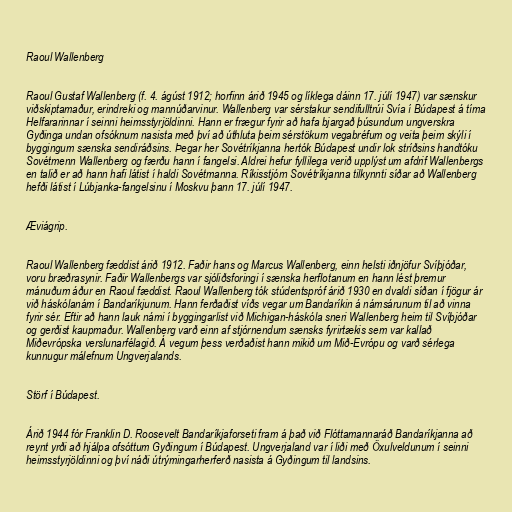
Raoul Wallenberg

Raoul Gustaf Wallenberg (f. 4. ágúst 1912; horfinn árið 1945 og líklega dáinn 17. júlí 1947) var sænskur
viðskiptamaður, erindreki og mannúðarvinur. Wallenberg var sérstakur sendifulltrúi Svía í Búdapest á tíma
Helfararinnar í seinni heimsstyrjöldinni. Hann er frægur fyrir að hafa bjargað þúsundum ungverskra
Gyðinga undan ofsóknum nasista með því að úthluta þeim sérstökum vegabréfum og veita þeim skýli í
byggingum sænska sendiráðsins. Þegar her Sovétríkjanna hertók Búdapest undir lok stríðsins handtóku
Sovétmenn Wallenberg og færðu hann í fangelsi. Aldrei hefur fyllilega verið upplýst um afdrif Wallenbergs
en talið er að hann hafi látist í haldi Sovétmanna. Ríkisstjórn Sovétríkjanna tilkynnti síðar að Wallenberg
hefði látist í Lúbjanka-fangelsinu í Moskvu þann 17. júlí 1947.

Æviágrip.

Raoul Wallenberg fæddist árið 1912. Faðir hans og Marcus Wallenberg, einn helsti iðnjöfur Svíþjóðar,
voru bræðrasynir. Faðir Wallenbergs var sjóliðsforingi í sænska herflotanum en hann lést þremur
mánuðum áður en Raoul fæddist. Raoul Wallenberg tók stúdentspróf árið 1930 en dvaldi síðan í fjögur ár
við háskólanám í Bandaríkjunum. Hann ferðaðist víðs vegar um Bandaríkin á námsárunum til að vinna
fyrir sér. Eftir að hann lauk námi í byggingarlist við Michigan-háskóla sneri Wallenberg heim til Svíþjóðar
og gerðist kaupmaður. Wallenberg varð einn af stjórnendum sænsks fyrirtækis sem var kallað
Miðevrópska verslunarfélagið. Á vegum þess verðaðist hann mikið um Mið-Evrópu og varð sérlega
kunnugur málefnum Ungverjalands.

Störf í Búdapest.

Árið 1944 fór Franklin D. Roosevelt Bandaríkjaforseti fram á það við Flóttamannaráð Bandaríkjanna að
reynt yrði að hjálpa ofsóttum Gyðingum í Búdapest. Ungverjaland var í liði með Öxulveldunum í seinni
heimsstyrjöldinni og því náði útrýmingarherferð nasista á Gyðingum til landsins.